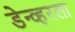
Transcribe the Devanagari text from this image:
डेन्व्हरला